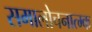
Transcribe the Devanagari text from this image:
समालोचनात्म्क